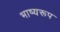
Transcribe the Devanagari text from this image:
भाष्यरूप